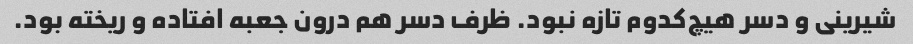
شیرینی و دسر هیچ‌کدوم تازه نبود. ظرف دسر هم درون جعبه افتاده و ریخته بود.